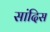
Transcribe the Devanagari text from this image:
सांदिस